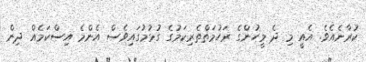
ކުރާނެއެވެ. އެއީ މި ދެ މީހުންގެ ރަހުމަތްތެރިކަމުގެ ގުޅުމުގައިވެސް އެންމެ އިސްކަމެއް ދިން